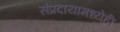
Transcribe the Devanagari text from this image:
संप्रदायामध्येही